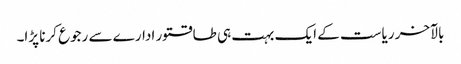
بالآخر ریاست کے ایک بہت ہی طاقتور ادارے سے رجوع کرنا پڑا۔